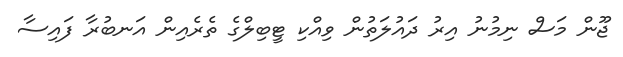
ޖޫން މަސް ނިމުނު އިރު ދައުލަތުން ވިއްކި ޓީބިލްގެ ތެރެއިން އަނބުރާ ފައިސާ